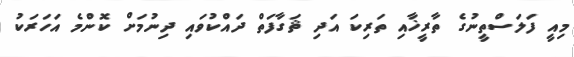
މިއީ ފަލަސްތީނުގެ ތާރީޚާއި ތަރިކަ އަދި ޘަގާފަތް ދައްކުވައި ދިނުމަށް ކޮންމެ އަހަރަކު